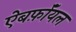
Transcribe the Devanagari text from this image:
ऐबर्फ़ाॅयल